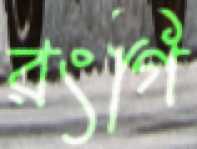
রংগি